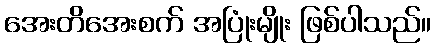
အေးတိအေးစက် အပြုံးမျိုး ဖြစ်ပါသည်။